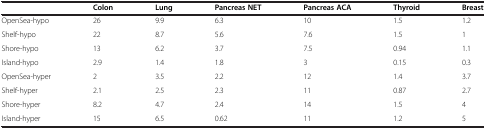
<table><thead><tr><td></td><td><b>Colon</b></td><td><b>Lung</b></td><td><b>Pancreas NET</b></td><td><b>Pancreas ACA</b></td><td><b>Thyroid</b></td><td><b>Breast</b></td></tr></thead><tbody><tr><td>OpenSea-hypo</td><td>26</td><td>9.9</td><td>6.3</td><td>10</td><td>1.5</td><td>1.2</td></tr><tr><td>Shelf-hypo</td><td>22</td><td>8.7</td><td>5.6</td><td>7.6</td><td>1.5</td><td>1</td></tr><tr><td>Shore-hypo</td><td>13</td><td>6.2</td><td>3.7</td><td>7.5</td><td>0.94</td><td>1.1</td></tr><tr><td>Island-hypo</td><td>2.9</td><td>1.4</td><td>1.8</td><td>3</td><td>0.15</td><td>0.3</td></tr><tr><td>OpenSea-hyper</td><td>2</td><td>3.5</td><td>2.2</td><td>12</td><td>1.4</td><td>3.7</td></tr><tr><td>Shelf-hyper</td><td>2.1</td><td>2.5</td><td>2.3</td><td>11</td><td>0.87</td><td>2.7</td></tr><tr><td>Shore-hyper</td><td>8.2</td><td>4.7</td><td>2.4</td><td>14</td><td>1.5</td><td>4</td></tr><tr><td>Island-hyper</td><td>15</td><td>6.5</td><td>0.62</td><td>11</td><td>1.2</td><td>5</td></tr></tbody></table>